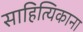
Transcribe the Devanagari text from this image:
साहित्यिकाना